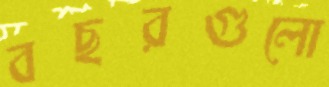
বছরগুলো